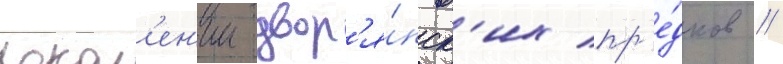
покол'ен'ии двор'я́нск'их пр'е́дков //